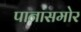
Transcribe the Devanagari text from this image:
पानांसमोर